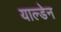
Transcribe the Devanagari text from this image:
याल्डेन